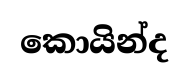
කොයින්ද